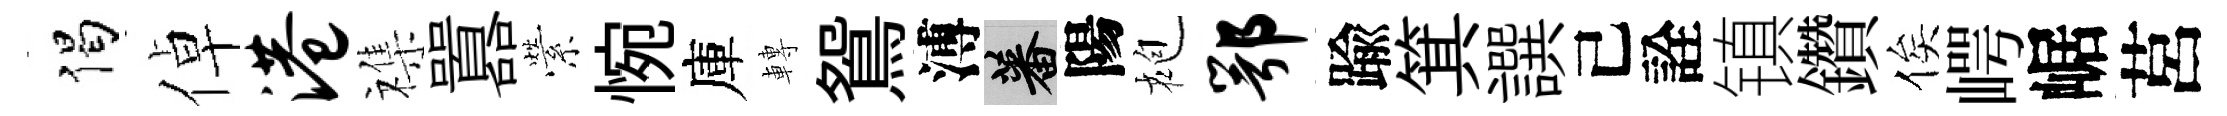
偈倬港襍囂縈惋庫轉鴛溥蕃陽袍鄂踰箕譔己詮镇鑽俟崿崌莒